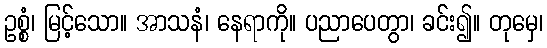
ဥစ္စံ၊ မြင့်သော။ အာသနံ၊ နေရာကို။ ပညာပေတွာ၊ ခင်း၍။ တုမှေ၊